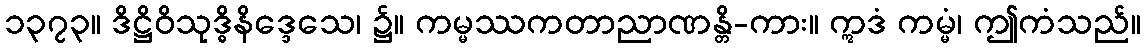
၁၃၇၃။ ဒိဋ္ဌိဝိသုဒ္ဓိနိဒ္ဒေသေ၊ ၌။ ကမ္မဿကတာညာဏန္တိ-ကား။ ဣဒံ ကမ္မံ၊ ဤကံသည်။